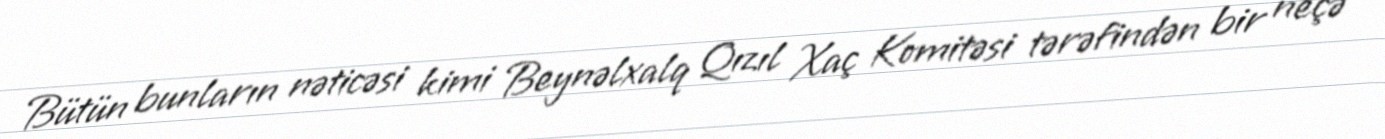
Bütün bunların nəticəsi kimi Beynəlxalq Qızıl Xaç Komitəsi tərəfindən bir neçə